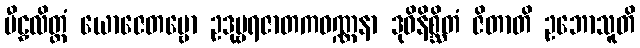
မီဠှလိတ္တံ ယောဇေတဗ္ဗော ဥဒုမ္ဗရဇာတကဝဏ္ဏနာ ဒုဝိနိစ္ဆိတံ ဇိတာတိ ဥဘောသူတိ